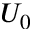
U _ { 0 }